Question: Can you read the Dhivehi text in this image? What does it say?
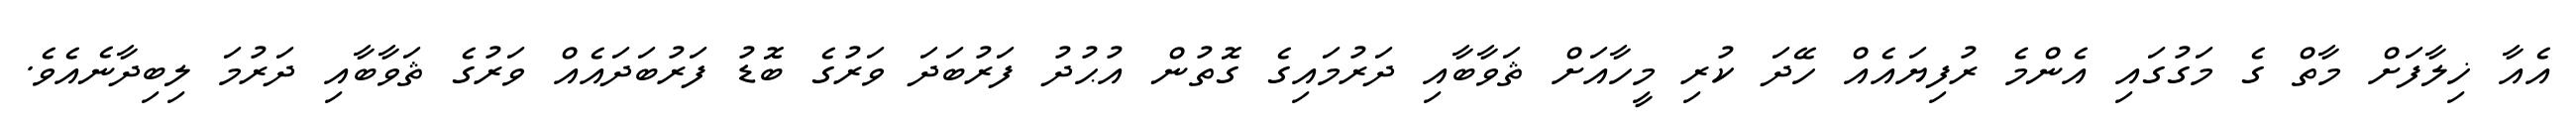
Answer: އެއާ ޚިލާފަށް މާތް ގެ މަގުގައި އެންމެ ރުފިޔައެއް ހޭދަ ކުރި މީހާއަށް ޘަވާބާއި ދަރުމައިގެ ގޮތުން އުޙުދު ފަރުބަދަ ވަރުގެ ބޮޑު ފަރުބަދައެއް ވަރުގެ ޘަވާބާއި ދަރުމަ ލިބިދާނެއެވެ.